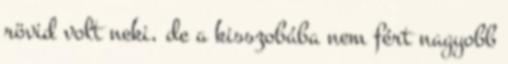
rövid volt neki, de a kisszobába nem fért nagyobb